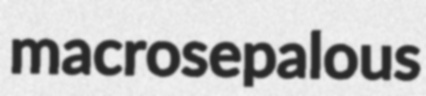
macrosepalous